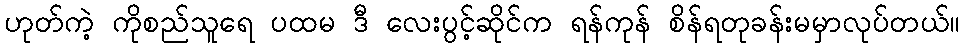
ဟုတ်ကဲ့ ကိုစည်သူရေ ပထမ ဒီ လေးပွင့်ဆိုင်က ရန်ကုန် စိန်ရတုခန်းမမှာလုပ်တယ်။